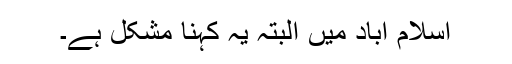
اسلام آباد میں البتہ یہ کہنا مشکل ہے۔